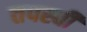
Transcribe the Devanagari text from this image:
तपस्‍वी